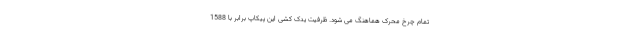
تمام چرخ محرک هماهنگ می شود. ظرفیت یدک کشی این پیکاپ برابر با 1588